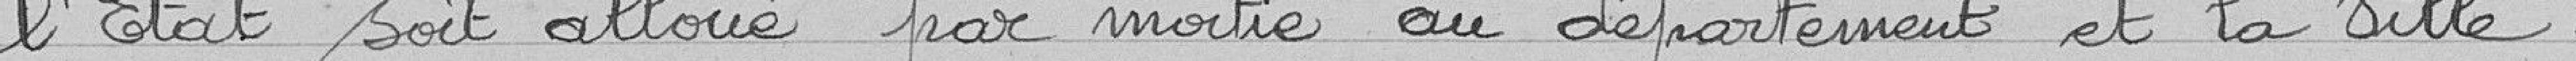
l'État soit allouée par moitié au département et la Ville.